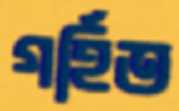
গর্হিত